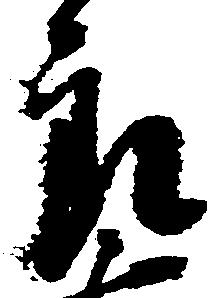
郎